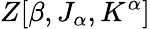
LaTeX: Z[\beta,J_{\alpha},K^{\alpha}]